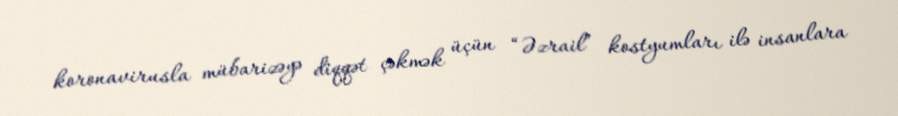
koronavirusla mübarizəyə diqqət çəkmək üçün “Əzrail” kostyumları ilə insanlara